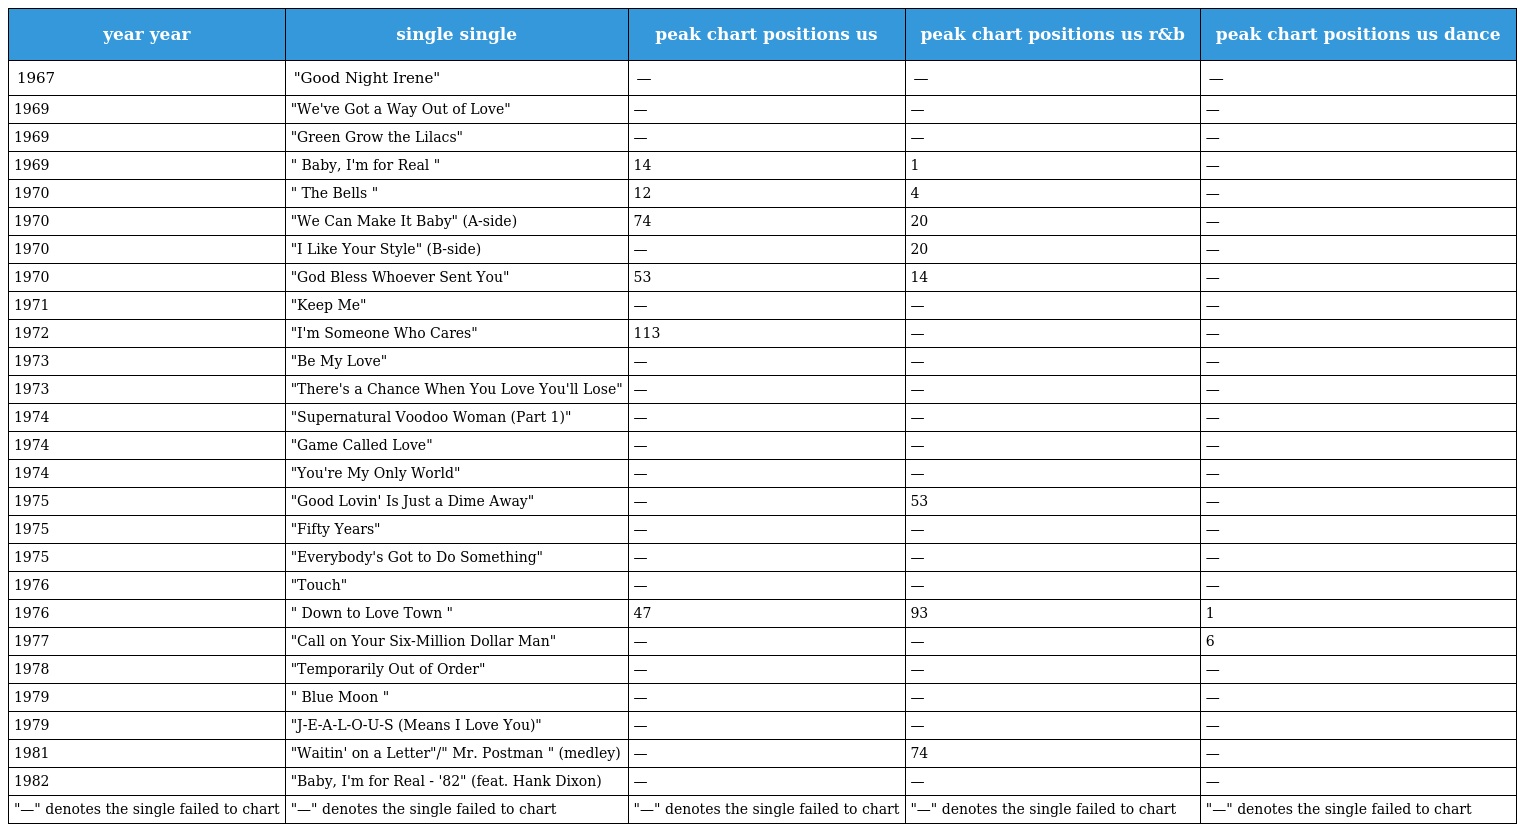
| year year | single single | peak chart positions us | peak chart positions us r&b | peak chart positions us dance |
 | --- | --- | --- | --- | --- |
 | 1967 | "Good Night Irene" | — | — | — |
 | 1969 | "We've Got a Way Out of Love" | — | — | — |
 | 1969 | "Green Grow the Lilacs" | — | — | — |
 | 1969 | " Baby, I'm for Real " | 14 | 1 | — |
 | 1970 | " The Bells " | 12 | 4 | — |
 | 1970 | "We Can Make It Baby" (A-side) | 74 | 20 | — |
 | 1970 | "I Like Your Style" (B-side) | — | 20 | — |
 | 1970 | "God Bless Whoever Sent You" | 53 | 14 | — |
 | 1971 | "Keep Me" | — | — | — |
 | 1972 | "I'm Someone Who Cares" | 113 | — | — |
 | 1973 | "Be My Love" | — | — | — |
 | 1973 | "There's a Chance When You Love You'll Lose" | — | — | — |
 | 1974 | "Supernatural Voodoo Woman (Part 1)" | — | — | — |
 | 1974 | "Game Called Love" | — | — | — |
 | 1974 | "You're My Only World" | — | — | — |
 | 1975 | "Good Lovin' Is Just a Dime Away" | — | 53 | — |
 | 1975 | "Fifty Years" | — | — | — |
 | 1975 | "Everybody's Got to Do Something" | — | — | — |
 | 1976 | "Touch" | — | — | — |
 | 1976 | " Down to Love Town " | 47 | 93 | 1 |
 | 1977 | "Call on Your Six-Million Dollar Man" | — | — | 6 |
 | 1978 | "Temporarily Out of Order" | — | — | — |
 | 1979 | " Blue Moon " | — | — | — |
 | 1979 | "J-E-A-L-O-U-S (Means I Love You)" | — | — | — |
 | 1981 | "Waitin' on a Letter"/" Mr. Postman " (medley) | — | 74 | — |
 | 1982 | "Baby, I'm for Real - '82" (feat. Hank Dixon) | — | — | — |
 | "—" denotes the single failed to chart | "—" denotes the single failed to chart | "—" denotes the single failed to chart | "—" denotes the single failed to chart | "—" denotes the single failed to chart |